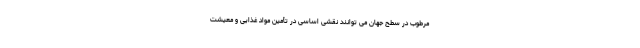
مرطوب در سطح جهان می توانند نقشی اساسی در تأمین مواد غذایی و معیشت